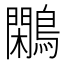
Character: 鷴